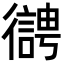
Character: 𢖊